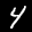
Label: 4